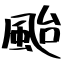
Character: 颱